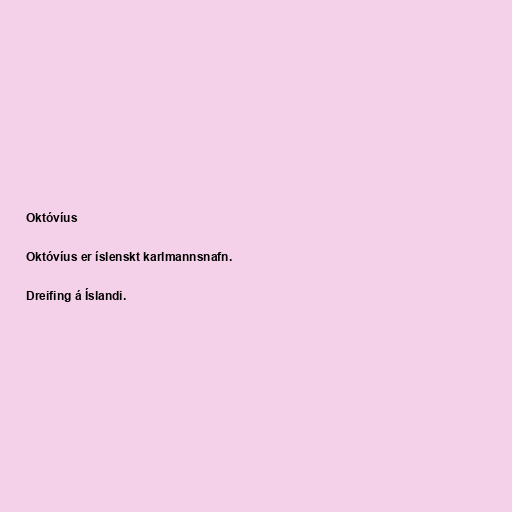
Októvíus

Októvíus er íslenskt karlmannsnafn.

Dreifing á Íslandi.